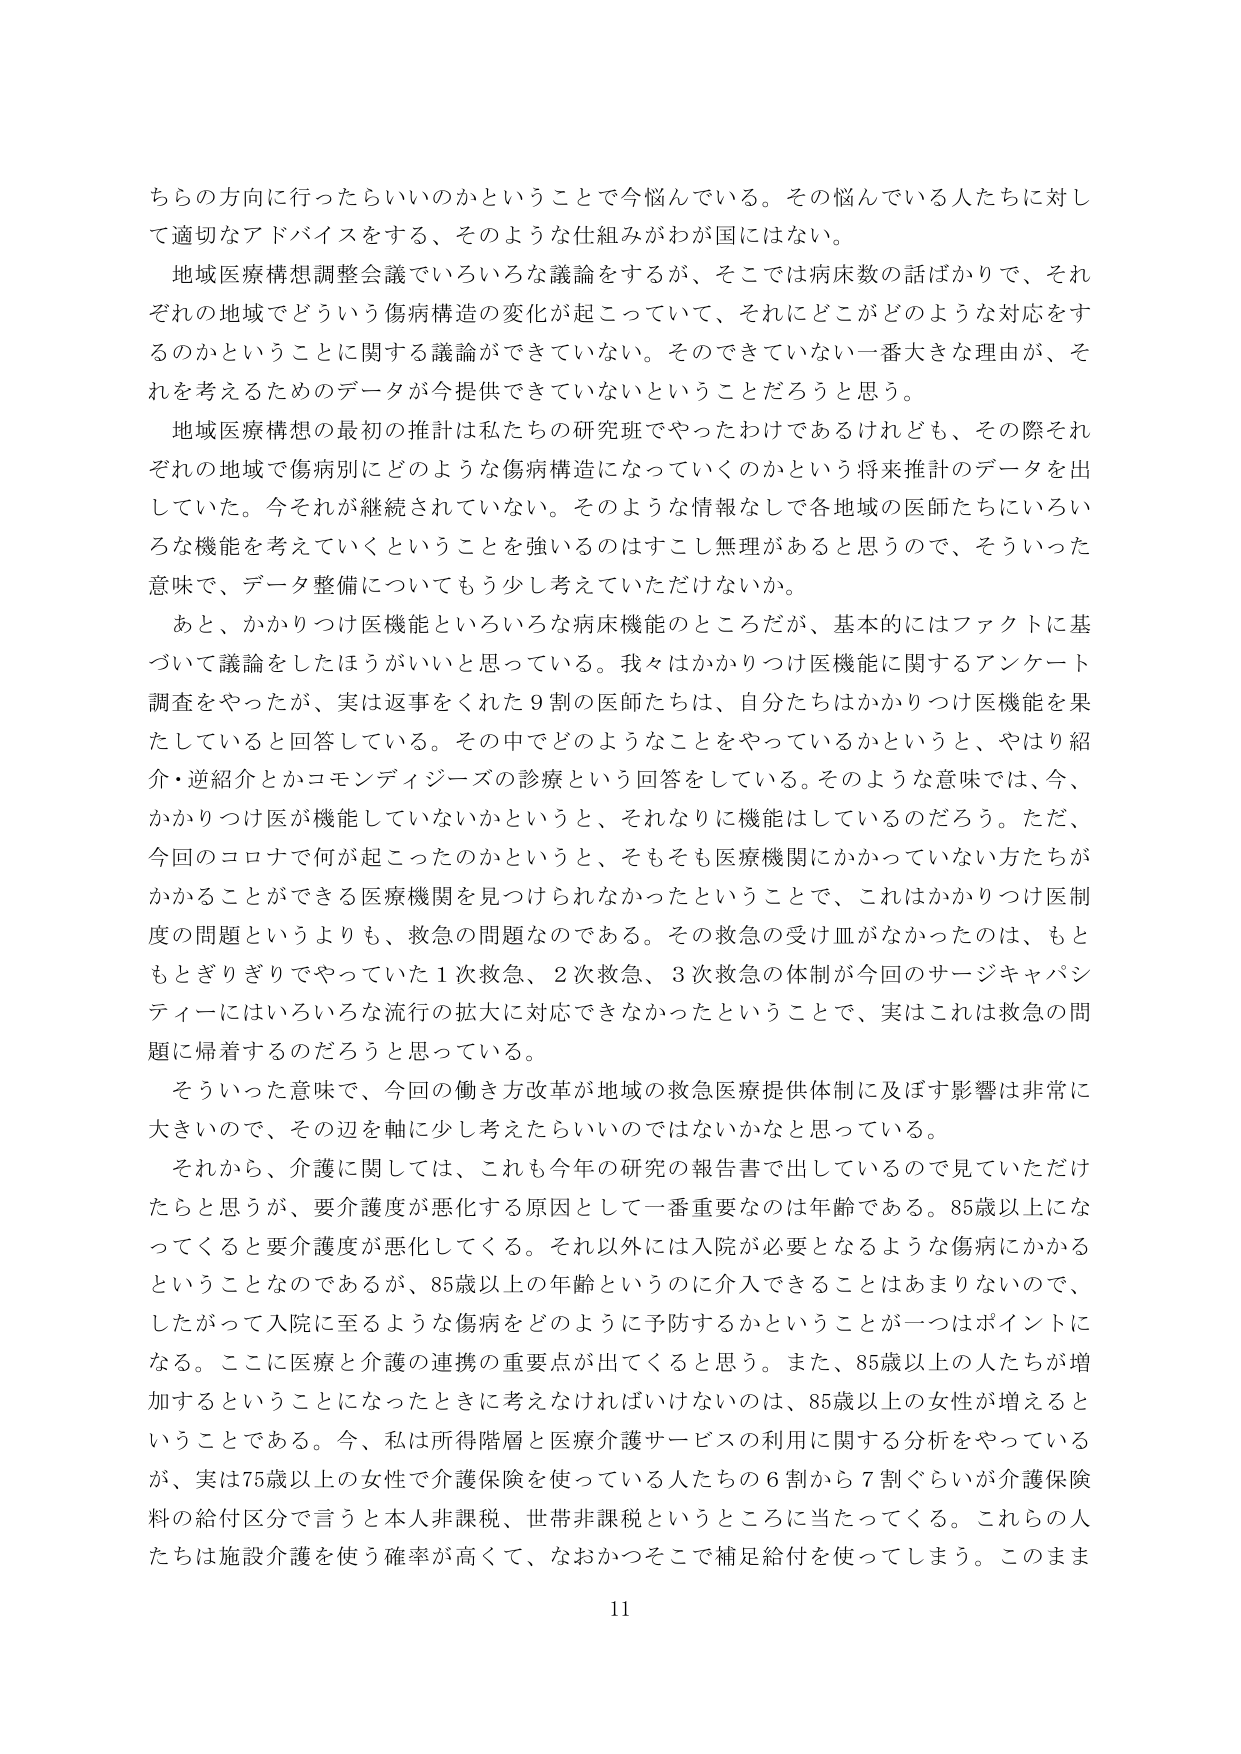
ちらの方向に行ったらしいのかということで今悩んでいる。その悩んでいる人たちに対して適切なアドバイスをする、そのような仕組みがわ国にはない。

地域医療構想調整会議でいろいろな議論をするが、そこでは病床数の話ばかりで、それぞれの地域でどういう傷病構造の変化が起こっていて、それにどこがどのような対応をするのかということに関する議論ができていない。そのできていない一番大きな理由が、それを考えるためのデータが今提供できていないということだろうと思う。

地域医療構想の最初の推計は私たちの研究班でやったわけであるけれども、その際それぞれの地域で傷病別にどのような傷病構造になっていくのかという将来推計のデータを出していた。今それが継続されていない。そのような情報なしで各地域の医師たちにいろいろな機能を考えていくということを強いるのはすこし無理があると思うので、そういった意味で、データ整備についてもう少し考えていただけないか。

あと、かかりつけ医機能といろいろな病床機能のところだが、基本的にはファクトに基づいて議論をしたほうがいいと思っている。我々はかかりつけ医機能に関するアンケート調査をやったが、実は返事をくれた９割の医師たちは、自分たちはかかりつけ医機能を果たしていると回答している。その中でどのようなことをやっているかというと、やはり紹介・逆紹介とかコモンディジーズの診療という回答をしている。そのような意味では、今、かかりつけ医が機能していないかというと、それなりに機能はしているのだろう。ただ、今回のコロナで何が起こったのかというと、そもそも医療機関にかかっていない方たちがかかることができる医療機関を見つけられなかったということで、これはかかりつけ医制度の問題というよりも、救急の問題なのである。その救急の受け皿がなかったのは、もともとぎりぎりでやっていた１次救急、２次救急、３次救急の体制が今回のサージキャパシティにはいろいろな流行の拡大に対応できなかったということで、実はこれは救急の問題に帰着するのだろうと思っている。

そういった意味で、今回の働き方改革が地域の救急医療提供体制に及ぼす影響は非常に大きいので、その辺を軸に少し考えたらいかではないかなと思っている。

それから、介護に関しては、これも今年の研究の報告書で出しているので見ていただけたらと思うが、要介護度が悪化する原因として一番重要なのは年齢である。85歳以上になってくると要介護度が悪化してくる。それ以外には入院が必要となるような傷病にかかるということなのであるが、85歳以上の年齢というのに介入できることはあまりないので、したがって入院に至るような傷病をどのように予防するかということが一つはポイントになる。ここに医療と介護の連携の重要点が出てくると思う。また、85歳以上の人たちが増加するということになったときに考えなければならないのは、85歳以上の女性が増えるということである。今、私は所得階層と医療介護サービスの利用に関する分析をやっているが、実は75歳以上の女性で介護保険を使っている人たちの６割から７割ぐらいが介護保険料の給付区分で言うと本人非課税、世帯非課税というところに当たってくる。これらの人たちは施設介護を使う確率が高く、なおかつそこで補足給付を使ってしまう。このまま

11